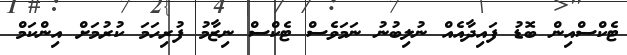
ޓެކްސްއިން ބޮޑު ފައިދާއެއް ނުލިބުނު ނަމަވެސް ޓެކްސް ނިޒާމު ފުރިހަމަ ކުރުމަށް އިންކަމް